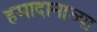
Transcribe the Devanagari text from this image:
हमादानाच्या